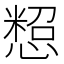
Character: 𢠒